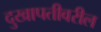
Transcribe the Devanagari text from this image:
दुखापतीवरील